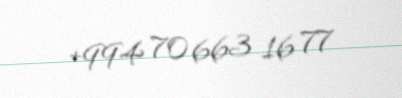
+994 70 663 16 77